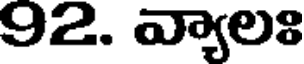
92. వ్యాలః